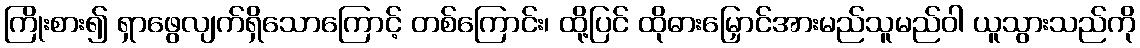
ကြိုးစား၍ ရှာဖွေလျက်ရှိသောကြောင့် တစ်ကြောင်း၊ ထို့ပြင် ထိုဓားမြှောင်အားမည်သူမည်ဝါ ယူသွားသည်ကို